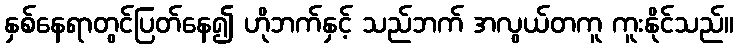
နှစ်နေရာတွင်ပြတ်နေ၍ ဟိုဘက်နှင့် သည်ဘက် အလွယ်တကူ ကူးနိုင်သည်။